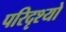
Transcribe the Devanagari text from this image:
परिदृश्‍यो